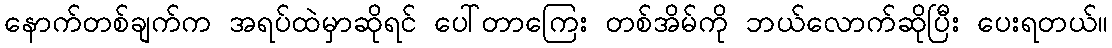
နောက်တစ်ချက်က အရပ်ထဲမှာဆိုရင် ပေါ်တာကြေး တစ်အိမ်ကို ဘယ်လောက်ဆိုပြီး ပေးရတယ်။